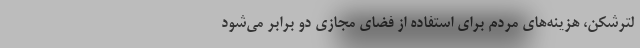
لترشکن، هزینه‌های مردم برای استفاده از فضای مجازی دو برابر می‌شود